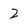
Character: 2